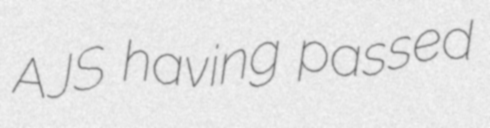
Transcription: AJS having passed